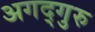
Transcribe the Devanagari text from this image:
अगद्गुरु